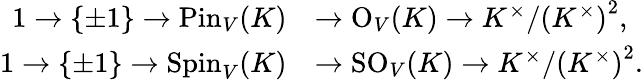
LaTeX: {\begin{array}{rl}{1\to\{ \pm 1\} \to{\mathrm{Pin}}_{V}(K)}&{\to{\mathrm{O}}_{V}(K)\to K^{\times}/\left(K^{\times}\right)^{2},}\\ {1\to\{ \pm 1\} \to{\mathrm{Spin}}_{V}(K)}&{\to{\mathrm{SO}}_{V}(K)\to K^{\times}/\left(K^{\times}\right)^{2}.}\end{array}}